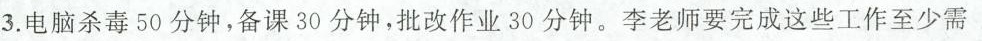
3.电脑杀毒50分钟，备课30分钟，批改作业30分钟。李老师要完成这些工作至少需